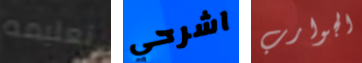
تعليمه اشرحي الجوارب